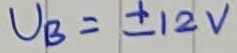
Text: UB=+12V